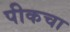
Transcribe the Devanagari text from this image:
पीकचा